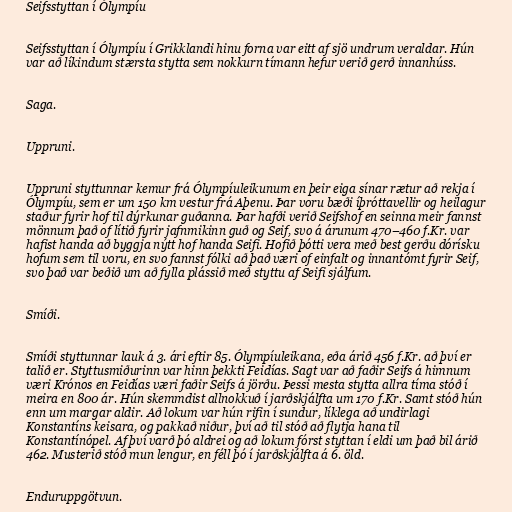
Seifsstyttan í Ólympíu

Seifsstyttan í Ólympíu í Grikklandi hinu forna var eitt af sjö undrum veraldar. Hún
var að líkindum stærsta stytta sem nokkurn tímann hefur verið gerð innanhúss.

Saga.

Uppruni.

Uppruni styttunnar kemur frá Ólympíuleikunum en þeir eiga sínar rætur að rekja í
Ólympíu, sem er um 150 km vestur frá Aþenu. Þar voru bæði íþróttavellir og heilagur
staður fyrir hof til dýrkunar guðanna. Þar hafði verið Seifshof en seinna meir fannst
mönnum það of lítið fyrir jafnmikinn guð og Seif, svo á árunum 470–460 f.Kr. var
hafist handa að byggja nýtt hof handa Seifi. Hofið þótti vera með best gerðu dórísku
hofum sem til voru, en svo fannst fólki að það væri of einfalt og innantómt fyrir Seif,
svo það var beðið um að fylla plássið með styttu af Seifi sjálfum.

Smíði.

Smíði styttunnar lauk á 3. ári eftir 85. Ólympíuleikana, eða árið 456 f.Kr. að því er
talið er. Styttusmiðurinn var hinn þekkti Feidías. Sagt var að faðir Seifs á himnum
væri Krónos en Feidías væri faðir Seifs á jörðu. Þessi mesta stytta allra tíma stóð í
meira en 800 ár. Hún skemmdist allnokkuð í jarðskjálfta um 170 f.Kr. Samt stóð hún
enn um margar aldir. Að lokum var hún rifin í sundur, líklega að undirlagi
Konstantíns keisara, og pakkað niður, því að til stóð að flytja hana til
Konstantínópel. Af því varð þó aldrei og að lokum fórst styttan í eldi um það bil árið
462. Musterið stóð mun lengur, en féll þó í jarðskjálfta á 6. öld.

Enduruppgötvun.